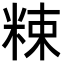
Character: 𥹵